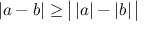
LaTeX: | a - b | \geq { \big | } \, | a | - | b | \, { \big | }